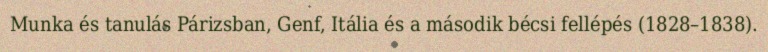
Munka és tanulás Párizsban, Genf, Itália és a második bécsi fellépés (1828–1838).